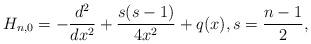
LaTeX: \begin{align*}H_{n,0} = -\frac{d^2}{dx^2} + \frac{s(s-1)}{4x^2} + q(x),s= \frac{n-1}{2}, \end{align*}